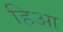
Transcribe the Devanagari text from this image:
हिआ